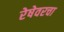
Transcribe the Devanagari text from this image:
रेषेवरचा